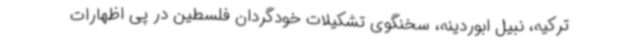
ترکیه، نبیل ابوردینه، سخنگوی تشکیلات خودگردان فلسطین در پی اظهارات